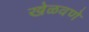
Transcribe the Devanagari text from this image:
खेळवणे